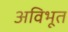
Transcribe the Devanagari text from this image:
अविभूत